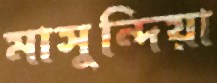
মাসুন্দিয়া